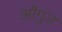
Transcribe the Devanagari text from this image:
औगुज